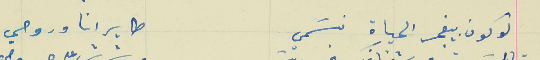
لو كون بيفجر الحياة نسَمي                                طاير انا وروحي